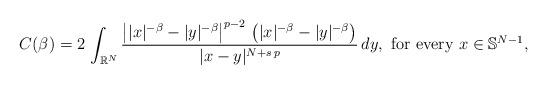
LaTeX: \begin{align*}C(\beta)=2\,\int_{\mathbb{R}^N} \frac{\left||x|^{-\beta}-|y|^{-\beta}\right|^{p-2}\, \left(|x|^{-\beta}-|y|^{-\beta}\right)}{|x-y|^{N+s\,p}}\, dy,\mbox{ for every }x\in\mathbb{S}^{N-1},\end{align*}